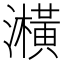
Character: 㶇